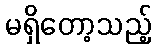
မရှိတော့သည့်